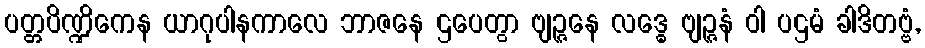
ပတ္တပိဏ္ဍိကေန ယာဂုပါနကာလေ ဘာဇနေ ဌပေတွာ ဗျဉ္ဇနေ လဒ္ဓေ ဗျဉ္ဇနံ ဝါ ပဌမံ ခါဒိတဗ္ဗံ,